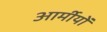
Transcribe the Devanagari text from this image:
आर्मीयों